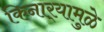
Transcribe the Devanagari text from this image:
किनार्‍यामुळे